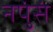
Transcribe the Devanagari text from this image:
नपुंसं